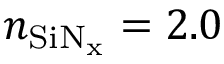
n _ { \mathrm { S i N _ { x } } } = 2 . 0